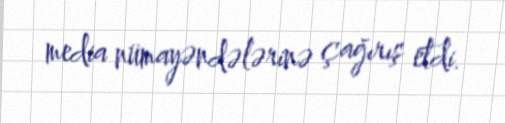
media nümayəndələrinə çağırış etdi.